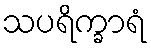
သပရိက္ခာရံ